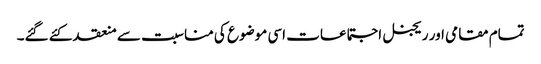
تمام مقامی اور ریجنل اجتماعات اسی موضوع کی مناسبت سے منعقد کئے گئے۔